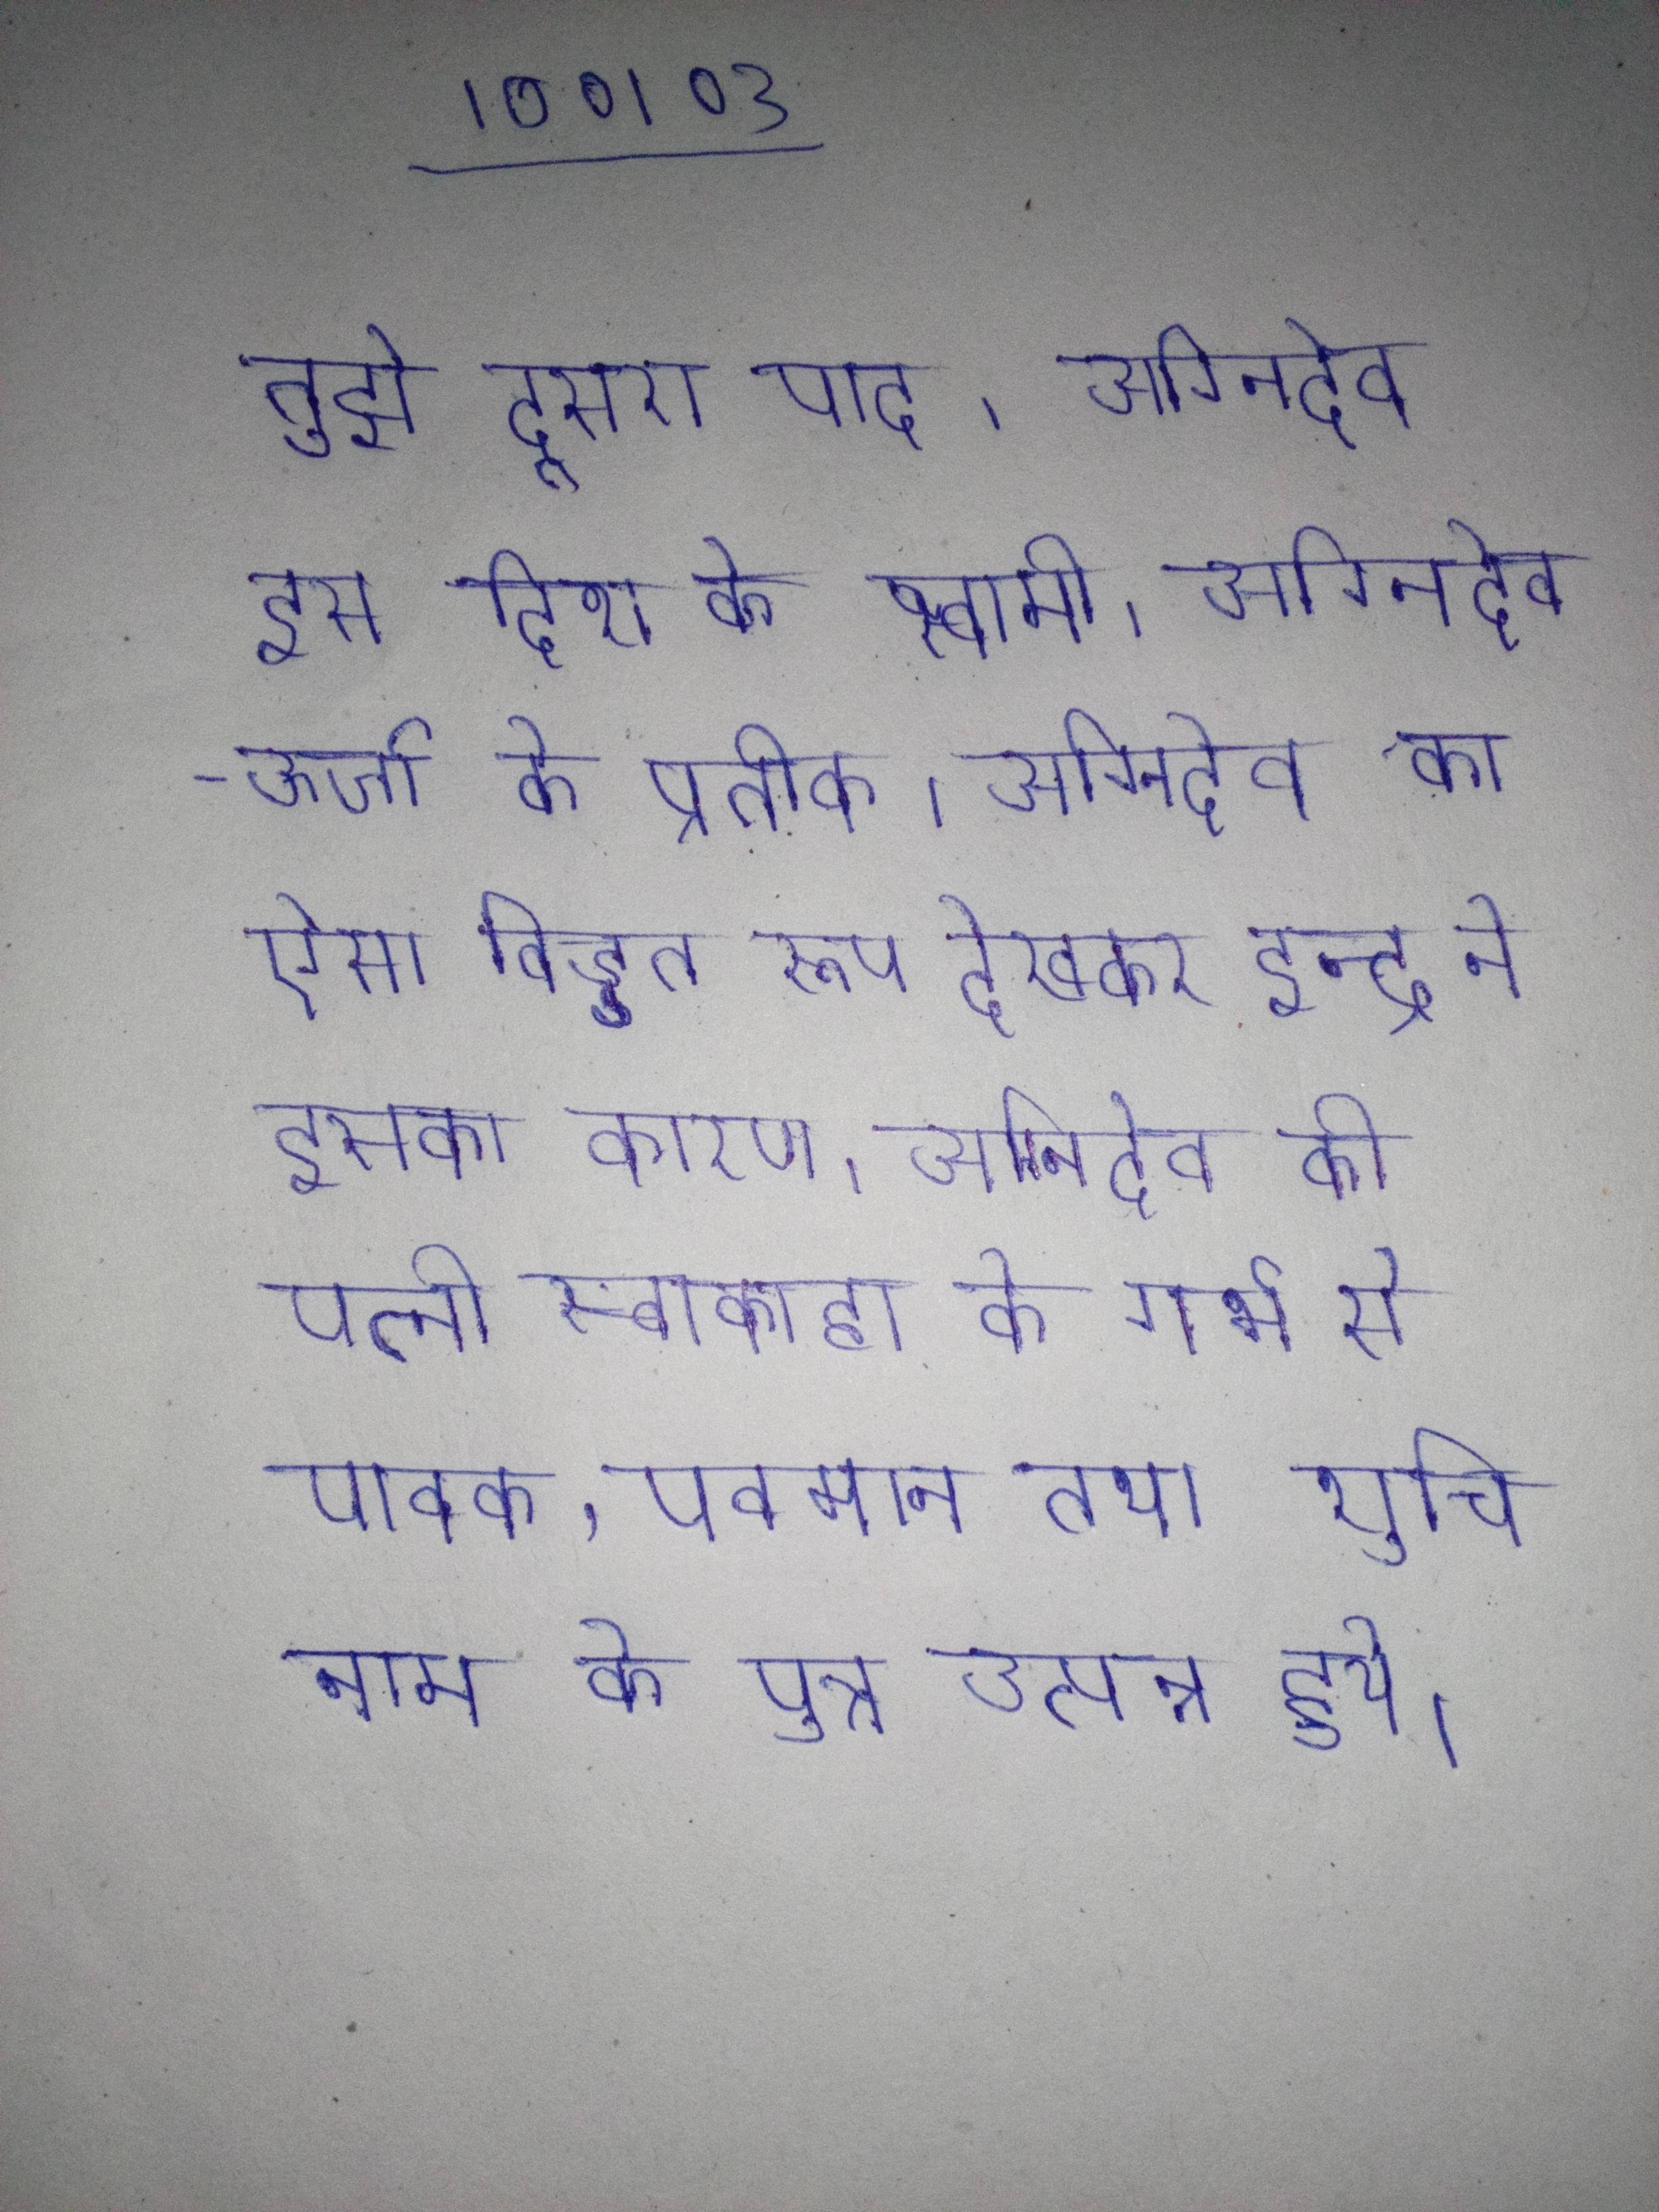
तुझे दूसरा पाद । अग्निदेव इस दिशा के स्वामी । अग्निदेव- ऊर्जा के प्रतीक । अग्निदेव का ऐसा विड्डत रूप देखकर इन्द्र ने इसका कारण । अग्निदेव की पत्नी स्वाहा के गर्भ से पावक, पवमान तथा शुचि नाम के पुत्र उत्पन्न हुये ।